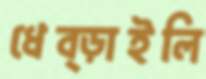
ধেব্‌ড়াইলি